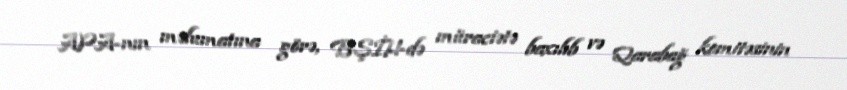
APA-nın məlumatına görə, BŞİH-də müraciətə baxılıb və Qarabağ komitəsinin